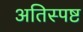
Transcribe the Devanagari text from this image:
अतिस्पष्ट